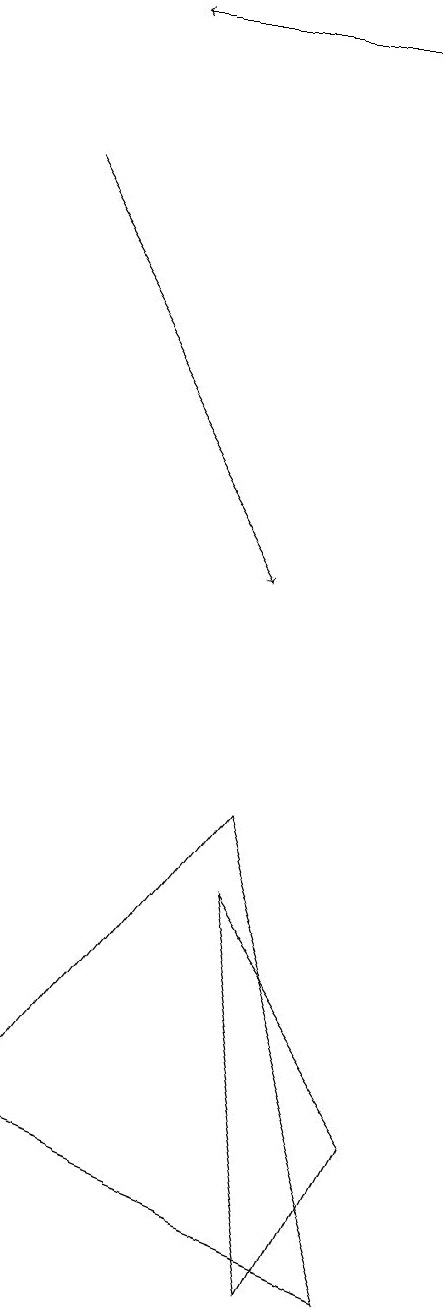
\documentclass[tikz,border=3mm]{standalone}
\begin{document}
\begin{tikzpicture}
\draw[->] (7,18) -- (4,18);
\draw (7,2) -- (8,4) -- (6,7) -- cycle;
\draw[->] (3,16) -- (6,11);
\draw (6,8) -- (8,2) -- (3,4) -- cycle;
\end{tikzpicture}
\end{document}